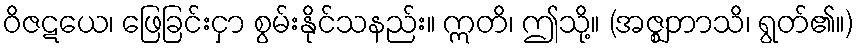
ဝိဇဋယေ၊ ဖြေခြင်းငှာ စွမ်းနိုင်သနည်း။ ဣတိ၊ ဤသို့။ (အဇ္ဈဘာသိ၊ ရွတ်၏။)